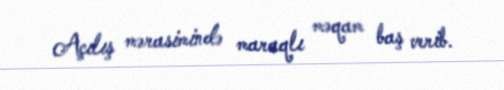
Açılış mərasimində maraqlı məqam baş verib.